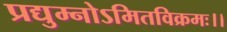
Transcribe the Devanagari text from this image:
प्रद्युम्नोऽमितविक्रमः।।